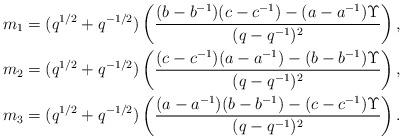
LaTeX: \begin{align*}\begin{aligned} m_1&=(q^{1/2}+q^{-1/2})\left(\frac{(b-b^{-1})(c-c^{-1})-(a-a^{-1})\Upsilon}{(q-q^{-1})^2}\right), \\ m_2&=(q^{1/2}+q^{-1/2})\left(\frac{(c-c^{-1})(a-a^{-1})-(b-b^{-1})\Upsilon}{(q-q^{-1})^2}\right), \\ m_3&=(q^{1/2}+q^{-1/2})\left(\frac{(a-a^{-1})(b-b^{-1})-(c-c^{-1})\Upsilon}{(q-q^{-1})^2}\right). \end{aligned}\end{align*}